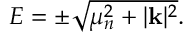
\begin{array} { r } { E = \pm \sqrt { \mu _ { n } ^ { 2 } + | \mathbf { k } | ^ { 2 } } . } \end{array}